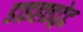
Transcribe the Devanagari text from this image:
डाइहाइड्रेट